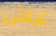
عرفتى